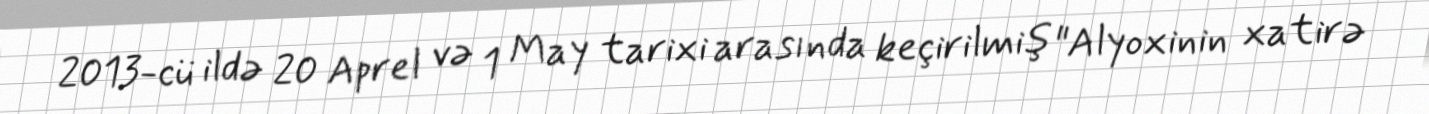
2013-cü ildə 20 Aprel və 1 May tarixi arasında keçirilmiş "Alyoxinin xatirə